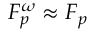
F _ { p } ^ { \omega } \approx F _ { p }